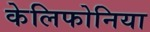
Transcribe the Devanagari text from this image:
केलिफोनिया